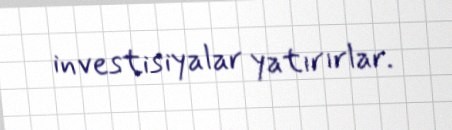
investisiyalar yatırırlar.